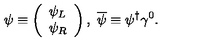
\psi \equiv \left( \begin{array} { l } { \psi _ { L } } \\ { \psi _ { R } } \\ \end{array} \right) , \ \overline { { \psi } } \equiv \psi ^ { \dagger } \gamma ^ { 0 } .